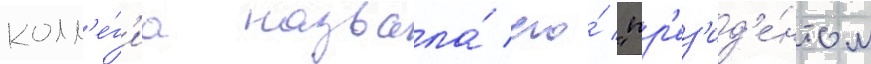
колл'е́г'иа назвала́ его́ "пр'ез'ид'е́нтом